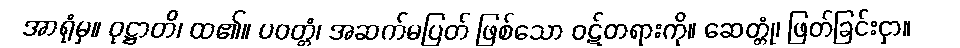
အာရုံမှ။ ဝုဋ္ဌာတိ၊ ထ၏။ ပဝတ္တံ၊ အဆက်မပြတ် ဖြစ်သော ဝဋ်တရားကို။ ဆေတ္တုံ၊ ဖြတ်ခြင်းငှာ။